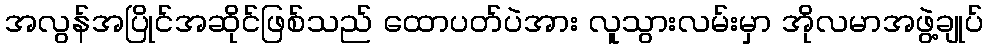
အလွန်အပြိုင်အဆိုင်ဖြစ်သည် ထောပတ်ပဲအား လူသွားလမ်းမှာ အိုလမာအဖွဲ့ချုပ်